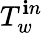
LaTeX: T_{w}^{\mathbf{i}n}